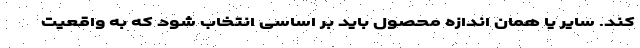
کند. سایر یا همان اندازه محصول باید بر اساسی انتخاب شود که به واقعیت